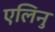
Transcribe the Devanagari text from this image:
एलिनु